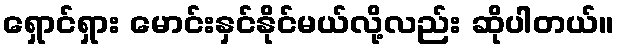
ရှောင်ရှား မောင်းနှင်နိုင်မယ်လို့လည်း ဆိုပါတယ်။